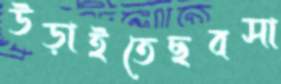
উড়াইতেছবসা